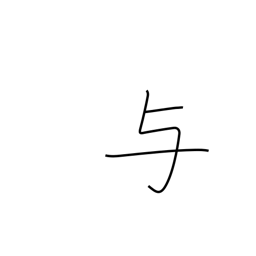
Meaning: impart